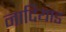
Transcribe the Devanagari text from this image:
नादियाड